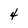
Character: 4